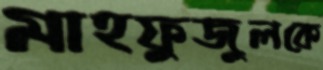
মাহফুজুলকে